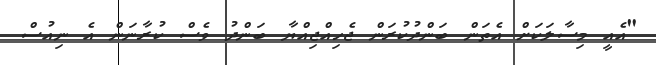
"އެއީ މިސާލަކަށް އެތަން ބަންދުކުރަން ޖެހިއްޖިއްޔާ ބަންދު ވެސް ކުރާނަން އެ ނިއުސް